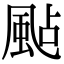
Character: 颭